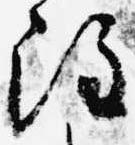
注